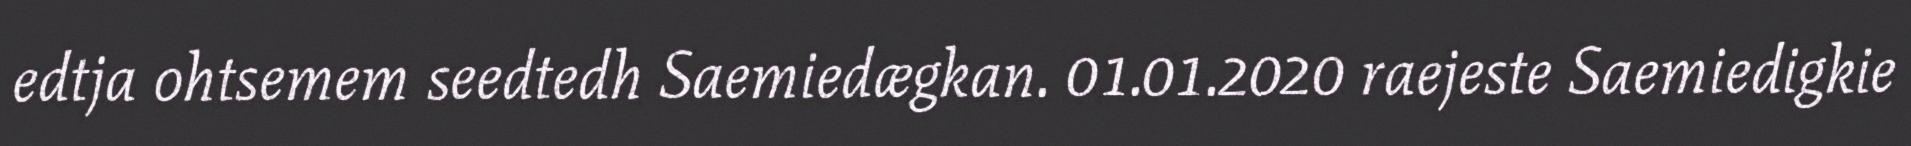
edtja ohtsemem seedtedh Saemiedægkan. 01.01.2020 raejeste Saemiedigkie